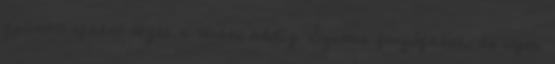
gyümölcsfákat lógat a térbe, addig Szirtes fenyőfákat, de ilyen